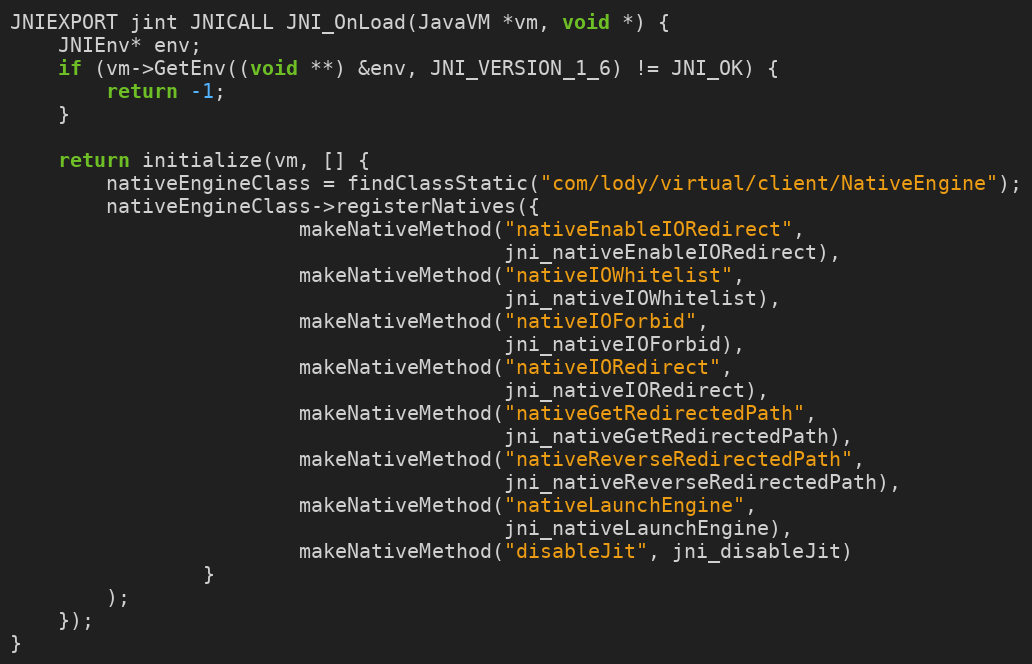
Language: C++
JNIEXPORT jint JNICALL JNI_OnLoad(JavaVM *vm, void *) {
    JNIEnv* env;
    if (vm->GetEnv((void **) &env, JNI_VERSION_1_6) != JNI_OK) {
        return -1;
    }

    return initialize(vm, [] {
        nativeEngineClass = findClassStatic("com/lody/virtual/client/NativeEngine");
        nativeEngineClass->registerNatives({
                        makeNativeMethod("nativeEnableIORedirect",
                                         jni_nativeEnableIORedirect),
                        makeNativeMethod("nativeIOWhitelist",
                                         jni_nativeIOWhitelist),
                        makeNativeMethod("nativeIOForbid",
                                         jni_nativeIOForbid),
                        makeNativeMethod("nativeIORedirect",
                                         jni_nativeIORedirect),
                        makeNativeMethod("nativeGetRedirectedPath",
                                         jni_nativeGetRedirectedPath),
                        makeNativeMethod("nativeReverseRedirectedPath",
                                         jni_nativeReverseRedirectedPath),
                        makeNativeMethod("nativeLaunchEngine",
                                         jni_nativeLaunchEngine),
                        makeNativeMethod("disableJit", jni_disableJit)
                }
        );
    });
}